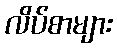
လိပ်စာများ